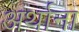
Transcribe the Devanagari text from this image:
अर्थाना